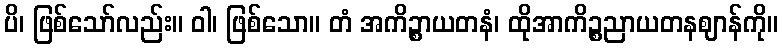
ပိ၊ ဖြစ်သော်လည်း။ ဝါ၊ ဖြစ်သော။ တံ အကိဉ္စာယတနံ၊ ထိုအာကိဉ္စညာယတနဈာန်ကို။